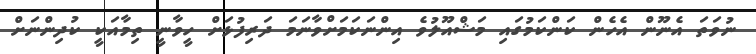
ނުވަތަ އެނޫން އެހެން ކަންކަމުގައި މަޝްއޫލުވެ އިންނަކަމަށްވާނަމަ ދަރިފުޅަށް ހީވާނީ ތިމާއަކީ ކުދިންނަށް